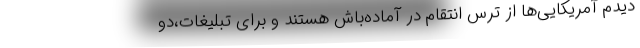
دیدم آمریکایی‌ها از ترس انتقام در آماده‌باش هستند و برای تبلیغات،دو